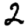
Digit: 2